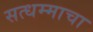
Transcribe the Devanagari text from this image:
सत्धम्माचा